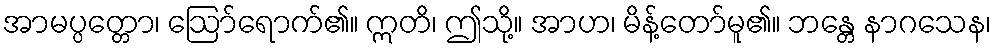
အာမပ္ပတ္တော၊ ဩော်ရောက်၏။ ဣတိ၊ ဤသို့။ အာဟ၊ မိန့်တော်မူ၏။ ဘန္တေ နာဂသေန၊